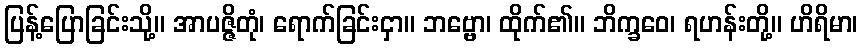
ပြန့်ပြောခြင်းသို့။ အာပဇ္ဇိတုံ၊ ရောက်ခြင်းငှာ။ ဘဗ္ဗော၊ ထိုက်၏။ ဘိက္ခဝေ၊ ရဟန်းတို့။ ဟိရိမာ၊